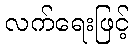
လက်ရေးဖြင့်